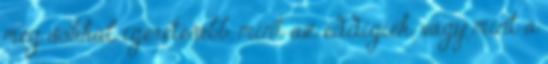
még sokkal ígéretesebb, mint az eddigiek, vagy mint a